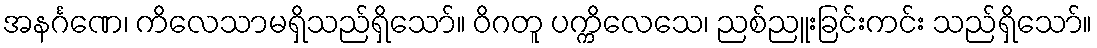
အနင်္ဂဏေ၊ ကိလေသာမရှိသည်ရှိသော်။ ဝိဂတူ ပက္ကိလေသေ၊ ညစ်ညူးခြင်းကင်း သည်ရှိသော်။